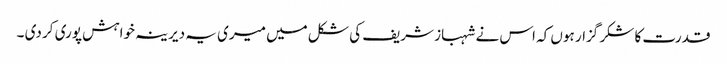
قدرت کا شکر گزار ہوں کہ اس نے شہباز شریف کی شکل میں میری یہ دیرینہ خواہش پوری کر دی ۔